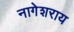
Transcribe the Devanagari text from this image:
नागेशराय